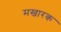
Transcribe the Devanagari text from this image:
मखारक